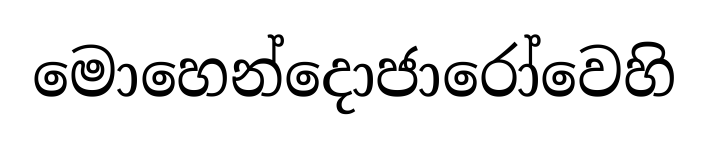
මොහෙන්දොජාරෝවෙහි